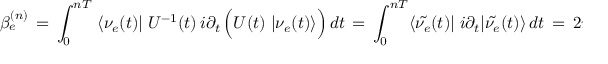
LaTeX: \beta _ { e } ^ { ( n ) } \, = \, \int _ { 0 } ^ { n T } \; \langle \nu _ { e } ( t ) | \; U ^ { - 1 } ( t ) \, i \partial _ { t } \, \Big ( U ( t ) \; | \nu _ { e } ( t ) \rangle \Big ) \, d t \, = \, \int _ { 0 } ^ { n T } \langle \tilde { \nu _ { e } } ( t ) | \; i \partial _ { t } | \tilde { \nu _ { e } } ( t ) \rangle \, d t \, = \, 2 \pi \, n \, \sin ^ { 2 } \theta \, ,